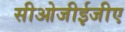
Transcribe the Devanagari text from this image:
सीओजीईजीए